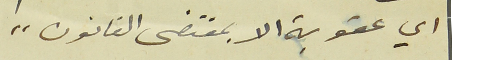
اي عقوبة الا بمقتضى القانون "